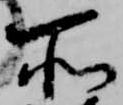
所